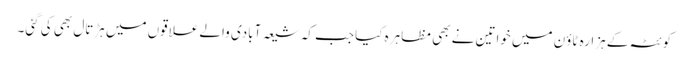
کوئٹہ کے ہزارہ ٹاؤن میں خواتین نے بھی مظاہرہ کیا جب کہ شیعہ آبادی والے علاقوں میں ہڑتال بھی کی گئی۔